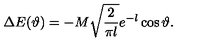
\Delta E ( \vartheta ) = - M \sqrt { \frac { 2 } { \pi l } } e ^ { - l } \cos \vartheta .